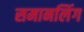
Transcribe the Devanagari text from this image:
समानलिंग